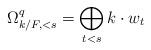
LaTeX: \begin{align*} \Omega^q_{k/F, < s} =\bigoplus_{t<s}k \cdot w_{t}\end{align*}